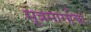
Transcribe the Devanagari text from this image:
मूत्रमार्गाचा